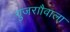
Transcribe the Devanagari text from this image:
गुजराौवाला